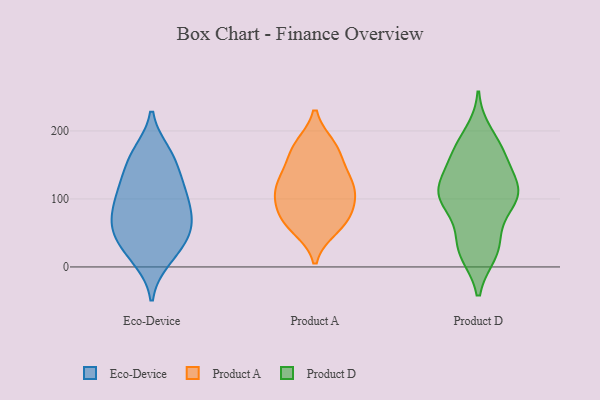
{"axis": {"x": "Latency (ms)", "y": "Value"}, "legend": ["Eco-Device", "Product A", "Product D"], "data": [{"x": "", "y": 77, "type": "Eco-Device"}, {"x": "", "y": 66, "type": "Eco-Device"}, {"x": "", "y": 47, "type": "Eco-Device"}, {"x": "", "y": 80, "type": "Eco-Device"}, {"x": "", "y": 43, "type": "Eco-Device"}, {"x": "", "y": 13, "type": "Eco-Device"}, {"x": "", "y": 160, "type": "Eco-Device"}, {"x": "", "y": 89, "type": "Eco-Device"}, {"x": "", "y": 142, "type": "Eco-Device"}, {"x": "", "y": 124, "type": "Eco-Device"}, {"x": "", "y": 117, "type": "Eco-Device"}, {"x": "", "y": 10, "type": "Eco-Device"}, {"x": "", "y": 168, "type": "Eco-Device"}, {"x": "", "y": 59, "type": "Eco-Device"}, {"x": "", "y": 107, "type": "Eco-Device"}, {"x": "", "y": 52, "type": "Eco-Device"}, {"x": "", "y": 29, "type": "Eco-Device"}, {"x": "", "y": 169, "type": "Eco-Device"}, {"x": "", "y": 108, "type": "Eco-Device"}, {"x": "", "y": 175, "type": "Product A"}, {"x": "", "y": 57, "type": "Product A"}, {"x": "", "y": 178, "type": "Product A"}, {"x": "", "y": 71, "type": "Product A"}, {"x": "", "y": 63, "type": "Product A"}, {"x": "", "y": 99, "type": "Product A"}, {"x": "", "y": 94, "type": "Product A"}, {"x": "", "y": 119, "type": "Product A"}, {"x": "", "y": 71, "type": "Product A"}, {"x": "", "y": 141, "type": "Product A"}, {"x": "", "y": 112, "type": "Product A"}, {"x": "", "y": 134, "type": "Product A"}, {"x": "", "y": 172, "type": "Product A"}, {"x": "", "y": 116, "type": "Product A"}, {"x": "", "y": 121, "type": "Product D"}, {"x": "", "y": 105, "type": "Product D"}, {"x": "", "y": 100, "type": "Product D"}, {"x": "", "y": 178, "type": "Product D"}, {"x": "", "y": 106, "type": "Product D"}, {"x": "", "y": 171, "type": "Product D"}, {"x": "", "y": 162, "type": "Product D"}, {"x": "", "y": 113, "type": "Product D"}, {"x": "", "y": 22, "type": "Product D"}, {"x": "", "y": 113, "type": "Product D"}, {"x": "", "y": 163, "type": "Product D"}, {"x": "", "y": 96, "type": "Product D"}, {"x": "", "y": 96, "type": "Product D"}, {"x": "", "y": 195, "type": "Product D"}, {"x": "", "y": 143, "type": "Product D"}, {"x": "", "y": 21, "type": "Product D"}, {"x": "", "y": 24, "type": "Product D"}, {"x": "", "y": 102, "type": "Product D"}, {"x": "", "y": 46, "type": "Product D"}, {"x": "", "y": 34, "type": "Product D"}]}